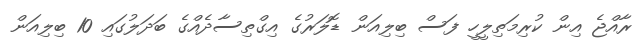
ރާއްޖެ އިން ކުރިމަތިލީހީ ފަސް ބިލިއަން ޑޮލަރުގެ އިގްތިސާދެއްގެ ބަދަލުގައި 10 ބިލިއަން